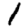
Digit: 1